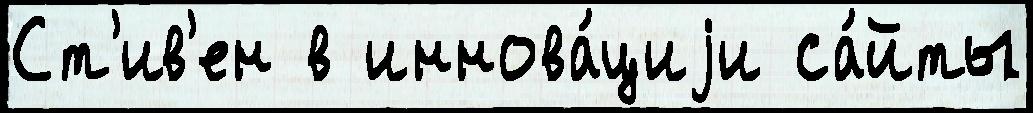
Ст'ив'ен в иннова́циjи са́йты